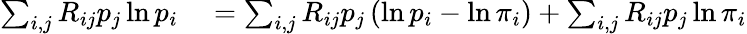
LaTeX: \begin{array}{rl}{\sum_{i,j}R_{ij}p_{j}\ln p_{i}}&{{}=\sum_{i,j}R_{ij}p_{j}\left(\ln p_{i}-\ln\pi_{i}\right)+\sum_{i,j}R_{ij}p_{j}\ln\pi_{i}}\end{array}